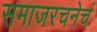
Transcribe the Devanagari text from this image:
समाजरचनेचं